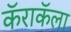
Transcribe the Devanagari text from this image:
कॅराकॅला